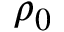
\rho _ { 0 }